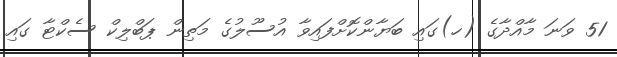
51 ވަނަ މާއްދާގެ (ހ)ގައި ބަޔާންކޮށްފައިވާ އުސޫލުގެ މަތިން ޕަބްލިކް ސެކްޓާ ގައި